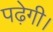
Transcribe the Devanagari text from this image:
पढ़ेगी।